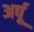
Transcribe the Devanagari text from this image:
अर्पू